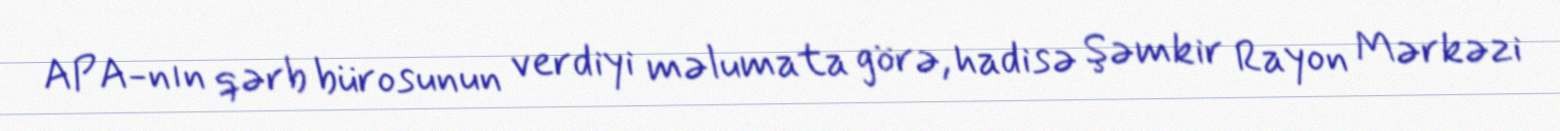
APA-nın qərb bürosunun verdiyi məlumata görə, hadisə Şəmkir Rayon Mərkəzi